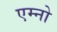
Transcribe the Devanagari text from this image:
एम्नो